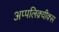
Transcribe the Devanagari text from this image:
अप्पलिक़्यीक्स